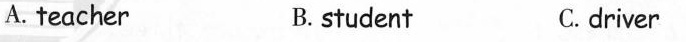
A. teacher B. student C.driver